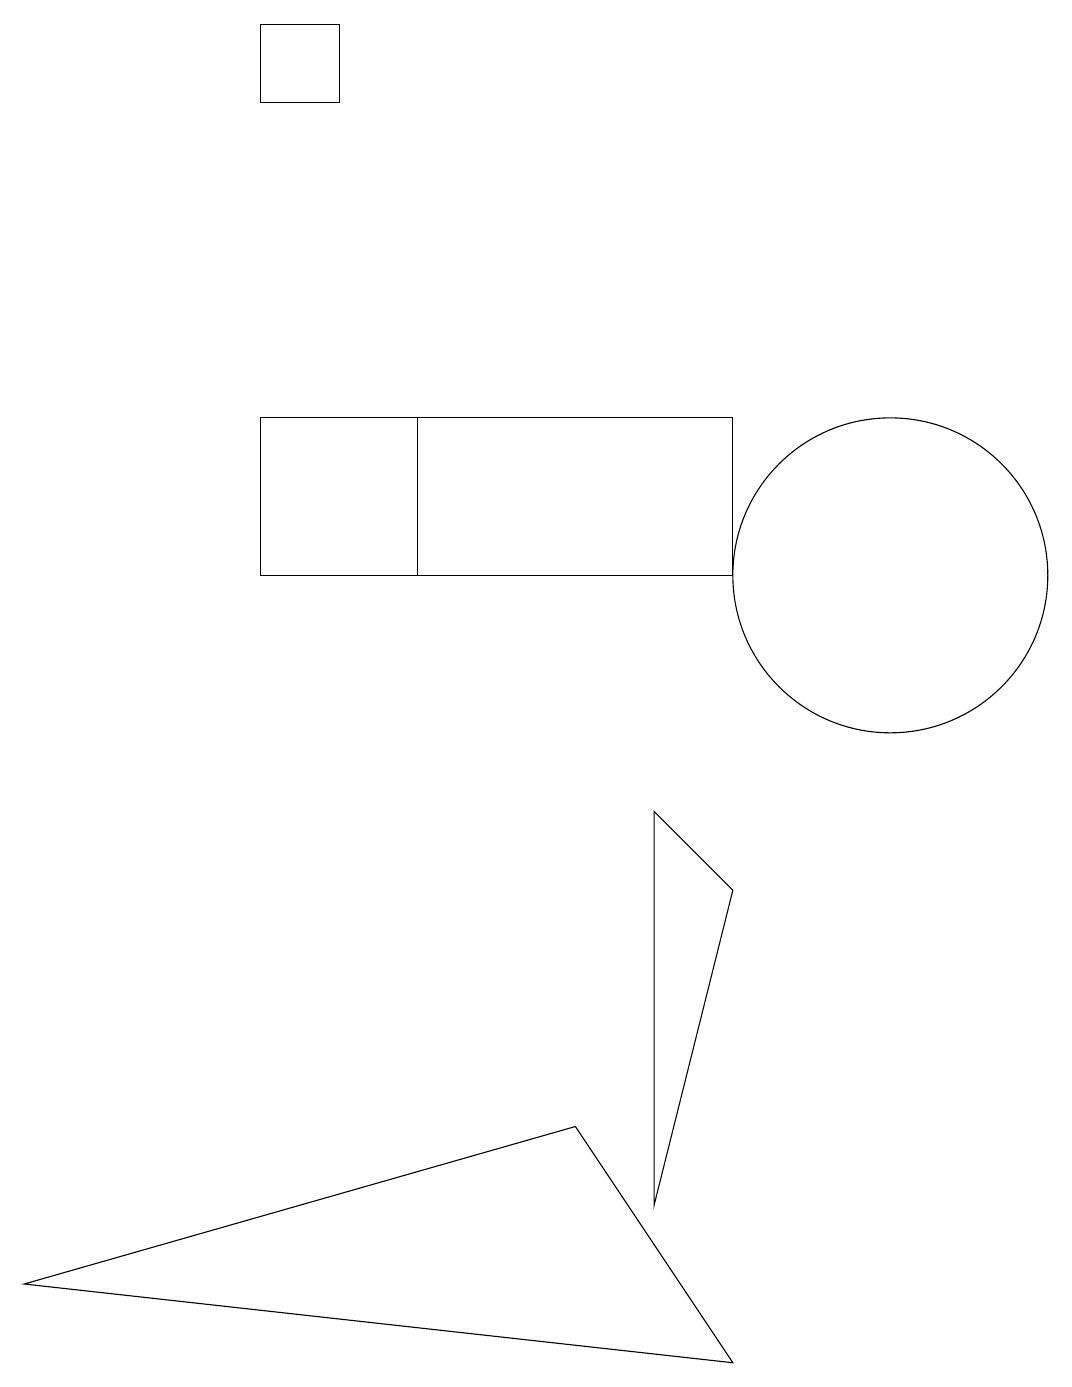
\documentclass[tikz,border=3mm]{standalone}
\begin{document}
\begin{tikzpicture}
\draw (0,2) -- (9,1) -- (7,4) -- cycle;
\draw (9,13) rectangle (5,11);
\draw (9,13) rectangle (3,11);
\draw (8,3) -- (9,7) -- (8,8) -- cycle;
\draw (3,18) rectangle (4,17);
\draw (11,11) circle (2);
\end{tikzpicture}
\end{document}